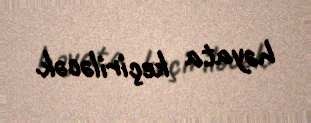
həyata keçiriləcək.